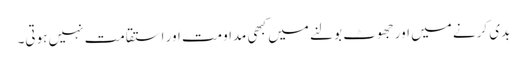
بدی کرنے میں اور جھوٹ بولنے میں کبھی مداومت اور استقامت نہیں ہوتی۔